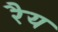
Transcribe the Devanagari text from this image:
रैय